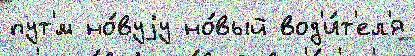
пут'́м но́вуjу но́вый вод'и́т'ел'я